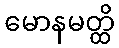
မောနမတ္ထိ